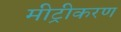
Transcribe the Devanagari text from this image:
मीट्रीकरण